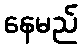
နေမည်